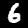
Label: 6